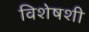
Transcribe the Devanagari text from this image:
विशेषशी